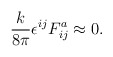
\begin{align*}{k \over 8\pi} \epsilon^{ij} F^a_{ij} \approx 0. \end{align*}